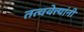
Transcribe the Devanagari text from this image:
तत्ववेत्त्यांनी